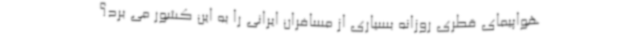
هواپیمای قطری روزانه بسیاری از مسافران ایرانی را به این کشور می برد؟